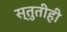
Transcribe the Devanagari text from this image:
स्तुतीही